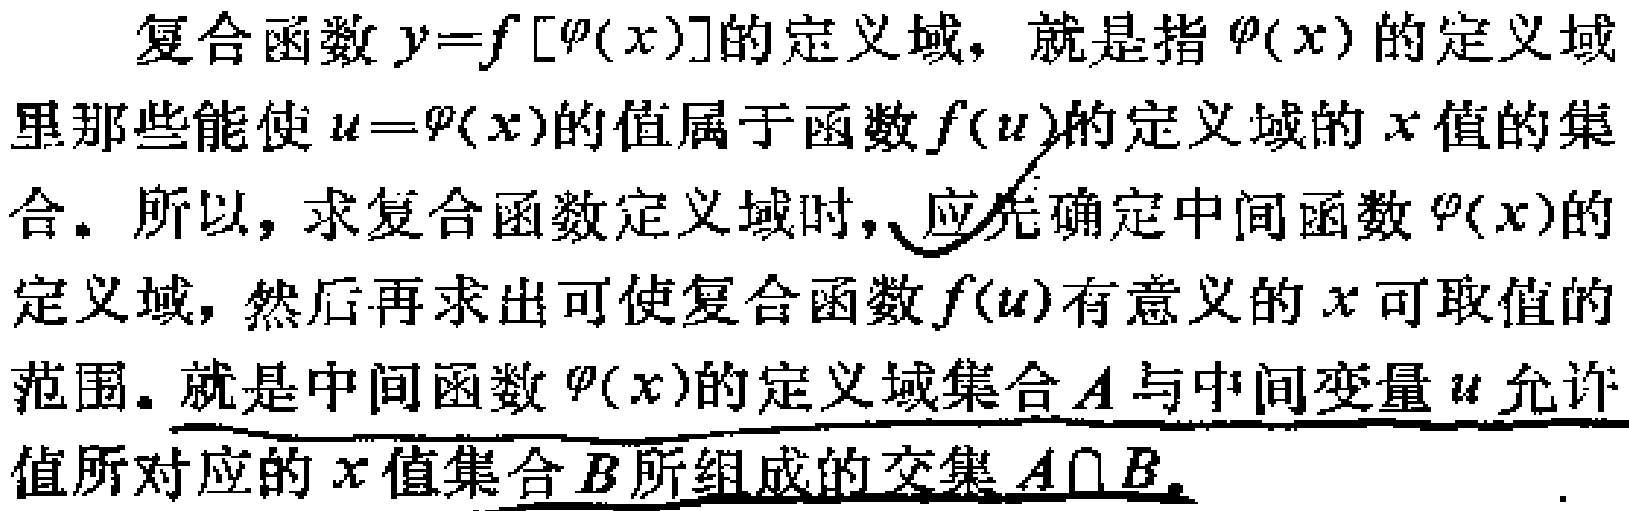
复合函数\(y = f[\varphi(x)]\)的定义域，就是指\(\varphi(x)\)的定义域里那些能使\(u = \varphi(x)\)的值属于函数\(f(u)\)的定义域的\(x\)值的集合。所以，求复合函数定义域时，应先确定中间函数\(\varphi(x)\)的定义域，然后再求出可使复合函数\(f(u)\)有意义的\(x\)可取值的范围。就是中间函数\(\varphi(x)\)的定义域集合\(A\)与中间变量\(u\)允许值所对应的\(x\)值集合\(B\)所组成的交集\(A\cap B\)。